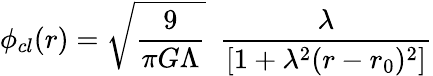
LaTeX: \phi_{cl}(r)={\sqrt{\frac{9}{\pi G\Lambda}}}~~\frac{\lambda}{[1+\lambda^{2}(r-r_{0})^{2}]}